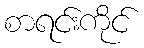
စာရင်းကိုင်